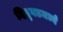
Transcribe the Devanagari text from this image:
दिब्रुगढमध्ये